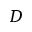
D